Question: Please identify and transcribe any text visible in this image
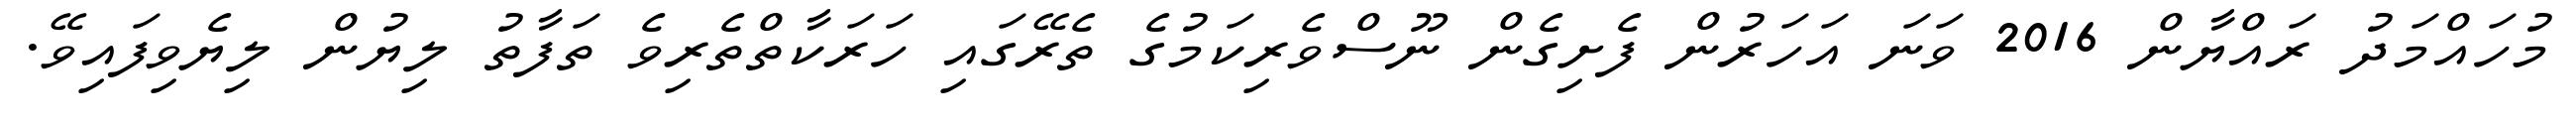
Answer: މުހައްމަދު ރައްޔާން 2016 ވަނަ އަހަރުން ފެށިގެން ނޫސްވެރިކަމުގެ ތެރޭގައި ހަރަކާތްތެރިވެ ތަފާތު ލިޔުން ލިޔެވިފައިވޭ.